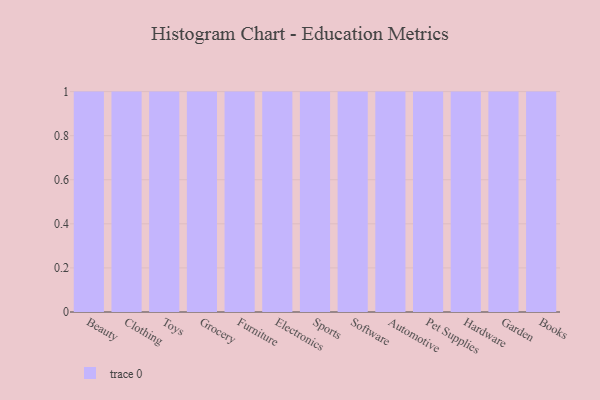
{"axis": {"x": "Category", "y": "Market Share (%)"}, "legend": [""], "data": [{"x": "Beauty", "y": 65, "type": ""}, {"x": "Clothing", "y": 99, "type": ""}, {"x": "Toys", "y": 20, "type": ""}, {"x": "Grocery", "y": 64, "type": ""}, {"x": "Furniture", "y": 42, "type": ""}, {"x": "Electronics", "y": 25, "type": ""}, {"x": "Sports", "y": 36, "type": ""}, {"x": "Software", "y": 71, "type": ""}, {"x": "Automotive", "y": 21, "type": ""}, {"x": "Pet Supplies", "y": 66, "type": ""}, {"x": "Hardware", "y": 22, "type": ""}, {"x": "Garden", "y": 65, "type": ""}, {"x": "Books", "y": 9, "type": ""}]}